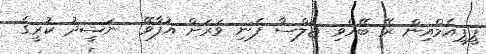
ޕީޕީއެމްއިން ރޭ ބޭއްވި ޖަލްސާ ފެނި ވަރަށް އުފާވޭ  ނަޝީދު ކުރީގެ